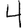
Digit: 4